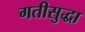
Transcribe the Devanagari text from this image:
गतीसुद्धा